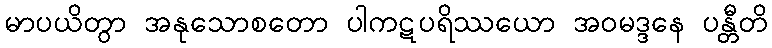
မာပယိတွာ အနုသောစတော ပါကဋပရိဿယော အဝမဒ္ဒနေ ပန္တီတိ